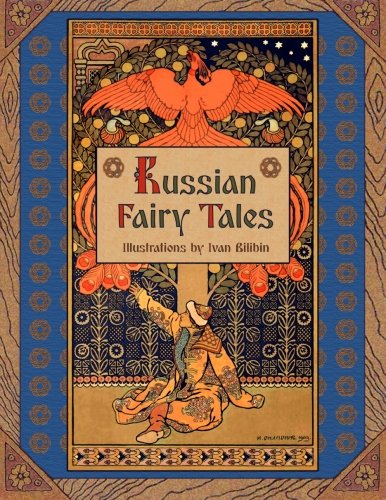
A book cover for Russian Fairy Tales (Illustrated); Alexander Afanasyev; Literature & Fiction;